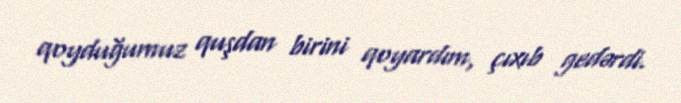
qoyduğumuz quşdan birini qoyardım, çıxıb gedərdi.